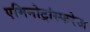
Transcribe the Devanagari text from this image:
एमिनोट्रांस्फरेज